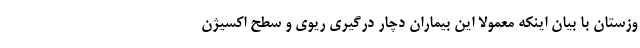
وزستان با بیان اینکه معمولا این بیماران دچار درگیری ریوی و سطح اکسیژن